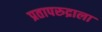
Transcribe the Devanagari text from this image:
प्रतापरुद्राला